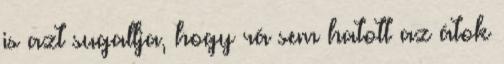
is azt sugallja, hogy rá sem hatott az átok